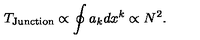
T _ { \mathrm { J u n c t i o n } } \propto \oint a _ { k } d x ^ { k } \propto N ^ { 2 } .